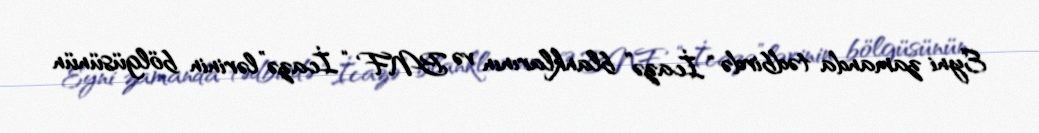
Eyni zamanda tədbirdə “İcazə” blanklarının və BNF “İcazə”lərinin bölgüsünün